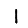
Digit: 1